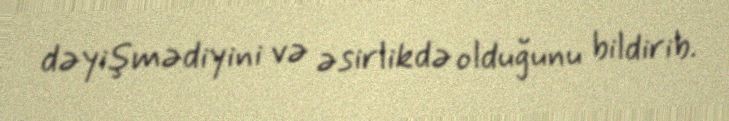
dəyişmədiyini və əsirlikdə olduğunu bildirib.